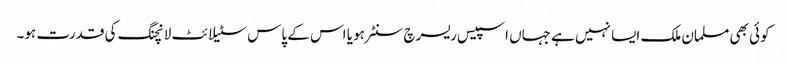
کوئی بھی مسلمان ملک ایسا نہیں ہے جہاں اسپیس ریسرچ سنٹر ہو یا اس کے پاس سٹیلائٹ لانچنگ کی قدرت ہو۔